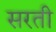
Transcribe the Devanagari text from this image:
सरती